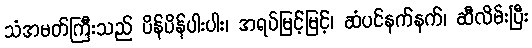
သံအမတ်ကြီးသည် ပိန်ပိန်ပါးပါး၊ အရပ်မြင့်မြင့်၊ ဆံပင်နက်နက်၊ ဆီလိမ်းပြီး